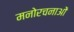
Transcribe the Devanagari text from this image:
मनोरचनाओं